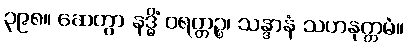
၃၉၈။ ဆေတွာ နဒ္ဓိံ ဝရတ္တဉ္စ၊ သန္ဒာနံ သဟနုက္ကမံ။